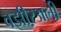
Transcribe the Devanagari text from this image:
वझीऱअली